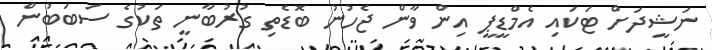
ނަޝީދަށް ޓަކައި އެމްޑީޕީ އިން ވާން ޖެހުުނު ބޮޑެތި ގުރުބާނީ ތަކުގެ ސަބަބުން